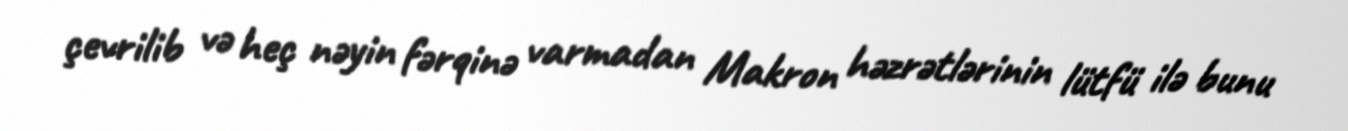
çevrilib və heç nəyin fərqinə varmadan Makron həzrətlərinin lütfü ilə bunu